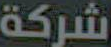
شركة